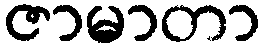
ဇာမာတာ